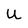
Character: U